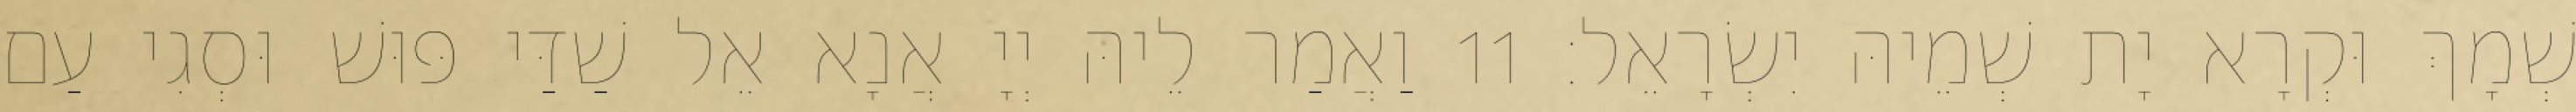
שְׁמָךְ וּקְרָא יָת שְׁמֵיהּ יִשְׂרָאֵל׃ 11 וַאֲמַר לֵיהּ יְיָ אֲנָא אֵל שַׁדַּי פּוּשׁ וּסְגִי עַם